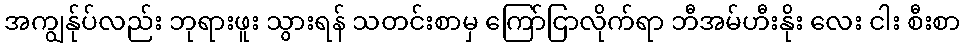
အကျွန်ုပ်လည်း ဘုရားဖူး သွားရန် သတင်းစာမှ ကြော်ငြာလိုက်ရာ ဘီအမ်ဟီးနိုး လေး ငါး စီးစာ